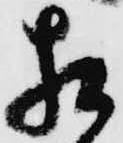
相